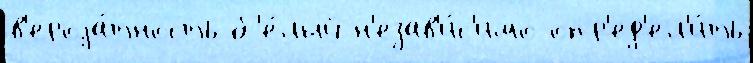
в'ероjа́тность б'е́лый н'езав'и́с'имо опр'ед'ел'и́ть